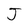
Character: J